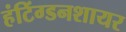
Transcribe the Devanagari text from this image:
हंटिंग्डनशायर